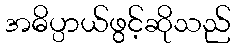
အဓိပ္ပာယ်ဖွင့်ဆိုသည်